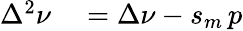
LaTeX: \begin{array}{rl}{\Delta^{2}\nu}&{{}=\Delta\nu-s_{m}\, p}\end{array}